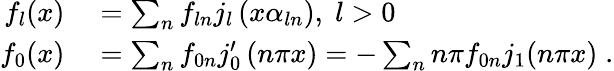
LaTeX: \begin{array}{rl}{f_{l}(x)}&{{}=\sum_{n}f_{ln}j_{l}\left(x\alpha_{ln}\right),\; l>0}\\ {f_{0}(x)}&{{}=\sum_{n}f_{0n}j_{0}^{\prime}\left(n\pi x\right)=-\sum_{n}n\pi f_{0n}j_{1}(n\pi x)\; .}\end{array}